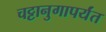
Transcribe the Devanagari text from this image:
चट्टानुगापर्यंत